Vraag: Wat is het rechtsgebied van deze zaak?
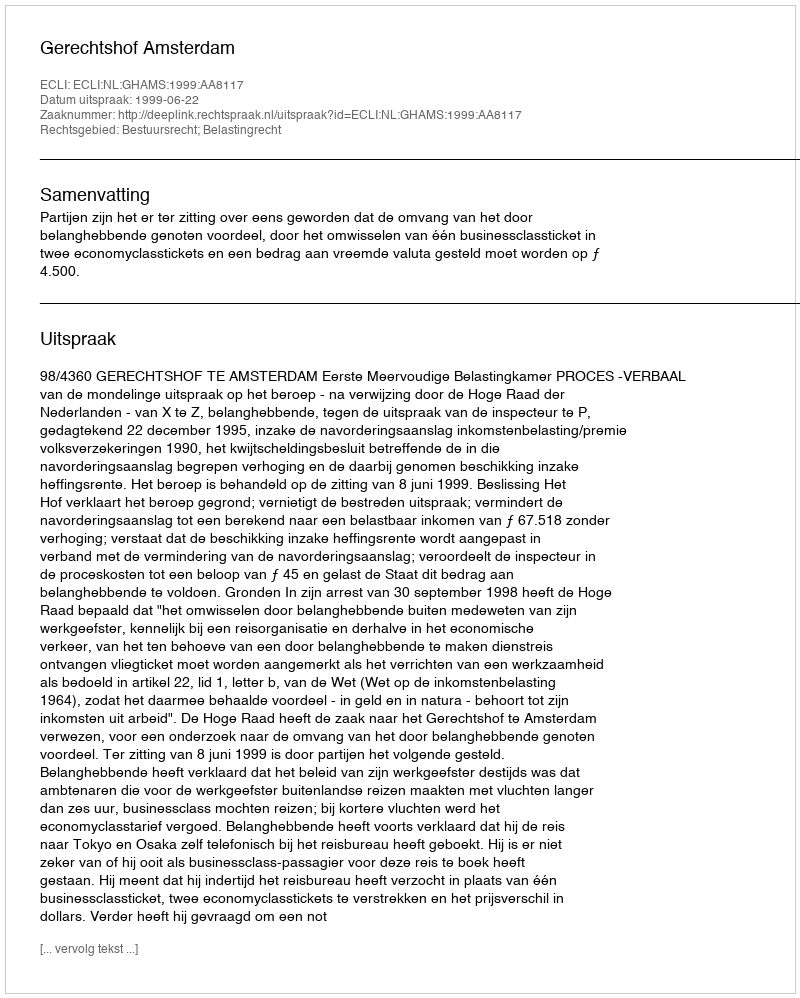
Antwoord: Bestuursrecht; Belastingrecht